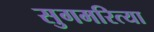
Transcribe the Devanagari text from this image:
सुगमरित्या